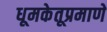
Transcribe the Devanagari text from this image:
धूमकेतूप्रमाणे